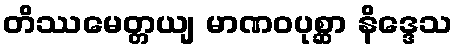
တိဿမေတ္တယျ မာဏဝပုစ္ဆာ နိဒ္ဒေသ